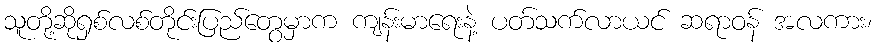
သူတို့ဆိုရှစ်လစ်တိုင်းပြည်တွေမှာက ကျန်းမာရေးနဲ့ ပတ်သက်လာယင် ဆရာဝန် အလကား၊